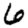
Digit: 6